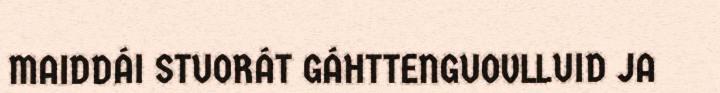
MAIDDÁI STUORÁT GÁHTTENGUOVLLUID JA